Annual administration and progress report of the Indian Medical Department, Bombay
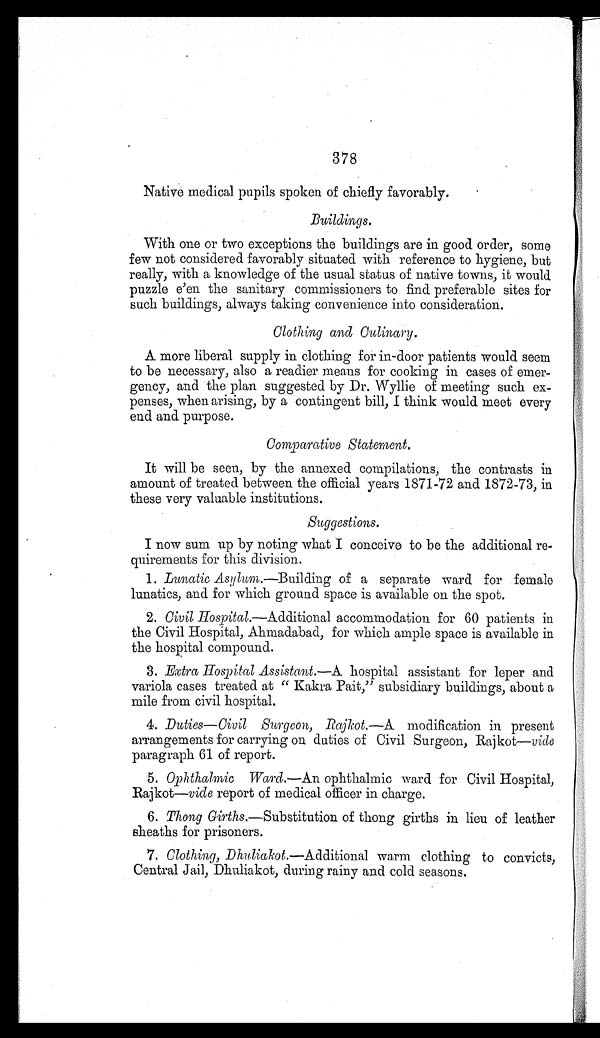
378
Native medical pupils spoken of chiefly favorably.
Buildings.
With one or two exceptions the buildings are in good order, some
few not considered favorably situated with reference to hygiene, but
really, with a knowledge of the usual status of native towns, it would
puzzle e'en the sanitary commissioners to find preferable sites for
such buildings, always taking convenience into consideration.
Clothing and Culinary.
A more liberal supply in clothing for in-door patients would seem
to be necessary, also a readier means for cooking in cases of emer
-gency, and the plan suggested by Dr. Wyllie of meeting such ex
-penses, when arising, by a contingent bill, I think would meet every
end and purpose.
Comparative Statement.
It will be seen, by the annexed compilations, the contrasts in
amount of treated between the official years 1871-72 and 1872-73, in
these very valuable institutions.
Suggestions.
I now sum up by noting what I conceive to be the additional re
-quirements for this division.
1. Lunatic Asylum. —Building of a separate ward for female
lunatics, and for which ground space is available on the spot.
2. Civil Hospital. —Additional accommodation for 60 patients in
the Civil Hospital, Ahmadabad, for which ample space is available in
the hospital compound.
3. Extra Hospital Assistant.—A hospital assistant for leper and
variola cases treated at "Kakra Pait," subsidiary buildings, about a
mile from civil hospital.
4. Duties—Civil Surgeon, Rajkot.—A modification in present
arrangements for carrying on duties of Civil Surgeon, Rajkot— vide
paragraph 61 of report.
5. Ophthalmic Ward. —An ophthalmic ward for Civil Hospital,
Rajkot—vide report of medical officer in charge.
6. Thong Girths. —Substitution of thong girths in lieu of leather
sheaths for prisoners.
7. Clothing, Dhuliakot. —Additional warm clothing to convicts,
Central Jail, Dhuliakot, during rainy and cold seasons.